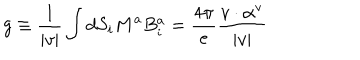
g \equiv \frac { 1 } { | v | } \int d S _ { i } M ^ { a } B _ { i } ^ { a } = \frac { 4 \pi } { e } \frac { v \cdot \alpha ^ { \textrm { v } } } { | v | }